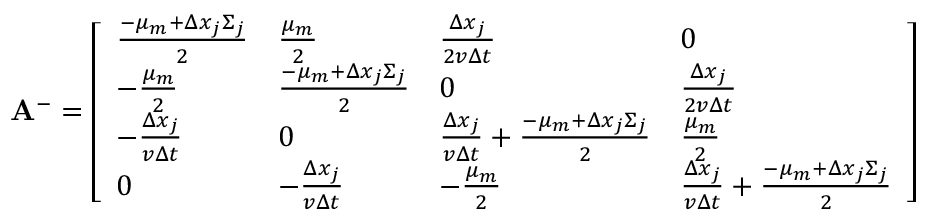
\mathbf { A } ^ { - } = \left[ \begin{array} { l l l l } { \frac { - \mu _ { m } + \Delta x _ { j } \Sigma _ { j } } { 2 } } & { \frac { \mu _ { m } } { 2 } } & { \frac { \Delta x _ { j } } { 2 v \Delta t } } & { 0 } \\ { - \frac { \mu _ { m } } { 2 } } & { \frac { - \mu _ { m } + \Delta x _ { j } \Sigma _ { j } } { 2 } } & { 0 } & { \frac { \Delta x _ { j } } { 2 v \Delta t } } \\ { - \frac { \Delta x _ { j } } { v \Delta t } } & { 0 } & { \frac { \Delta x _ { j } } { v \Delta t } + \frac { - \mu _ { m } + \Delta x _ { j } \Sigma _ { j } } { 2 } } & { \frac { \mu _ { m } } { 2 } } \\ { 0 } & { - \frac { \Delta x _ { j } } { v \Delta t } } & { - \frac { \mu _ { m } } { 2 } } & { \frac { \Delta x _ { j } } { v \Delta t } + \frac { - \mu _ { m } + \Delta x _ { j } \Sigma _ { j } } { 2 } } \end{array} \right]